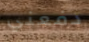
دفعني